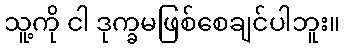
သူ့ကို ငါ ဒုက္ခမဖြစ်စေချင်ပါဘူး။